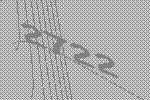
2722